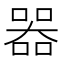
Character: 器